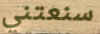
سنعتني